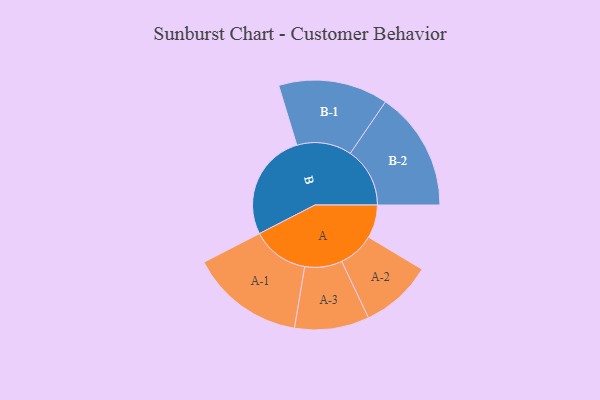
{"axis": {"x": "Segment", "y": "Value"}, "legend": ["", "A", "B"], "data": [{"x": "A", "y": 104, "type": ""}, {"x": "B", "y": 337, "type": ""}, {"x": "A-1", "y": 179, "type": "A"}, {"x": "A-2", "y": 113, "type": "A"}, {"x": "A-3", "y": 117, "type": "A"}, {"x": "B-1", "y": 172, "type": "B"}, {"x": "B-2", "y": 187, "type": "B"}]}